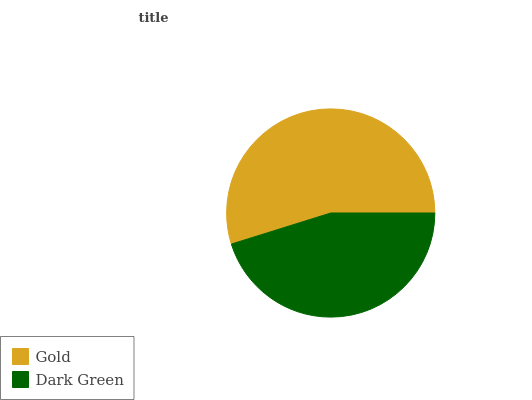
| Gold | Dark Green |
 | --- | --- |
 | 54.8% | 45.2% |